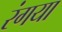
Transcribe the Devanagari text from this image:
रंगया